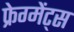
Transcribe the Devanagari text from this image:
फ्रेग्मेंट्स